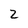
Character: 2